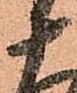
十